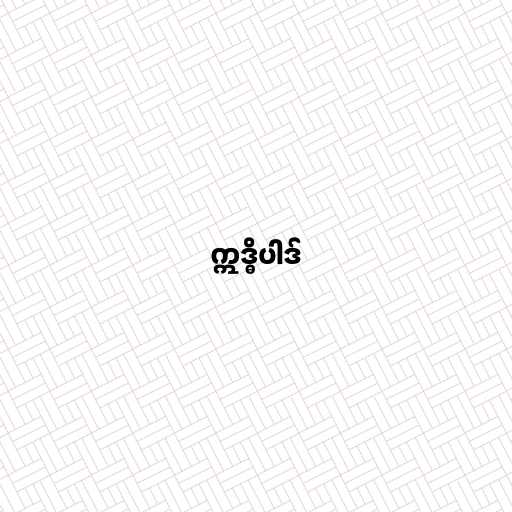
ဣဒ္ဓိပါဒ်